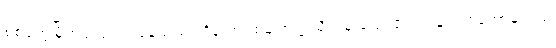
စစ်တွေမြို့တွင်ကျင်းပနေသည့် ကိန်းဘရစ်ချ်တက္ကသိုလ်မှ သေးငယ်လွန်း ရှင်တော်မူသည်